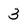
Character: 3